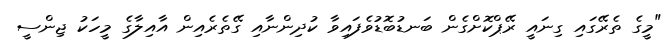
"މީގެ ތެރޭގައި ގިނައީ ރޭޕްކޮށްގެން ބަނޑުބޮޑުވެފައިވާ ކުދިންނާއި ގޭތެރެއިން އާއިލާގެ މީހަކު ޖިންސީ